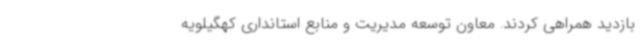
بازدید همراهی کردند. معاون توسعه مدیریت و منابع استانداری کهگیلویه